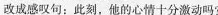
改成感叹句；此刻，他的心情十分激动吗?